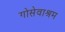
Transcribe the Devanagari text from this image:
गोसेवाश्रम